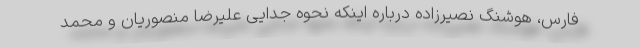
فارس، هوشنگ نصیرزاده درباره اینکه نحوه جدایی علیرضا منصوریان و محمد